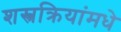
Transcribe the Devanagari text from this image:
शस्त्रक्रियांमधे